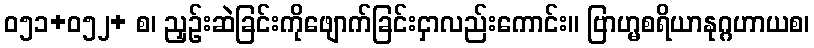
ဝ၅၁+၀၅၂+ စ၊ ညှဉ်းဆဲခြင်းကိုဖျောက်ခြင်းငှာလည်းကောင်း။ ဗြာဟ္မစရိယာနုဂ္ဂဟာယစ၊